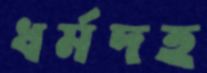
ধর্মদহ